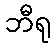
ဘီရု